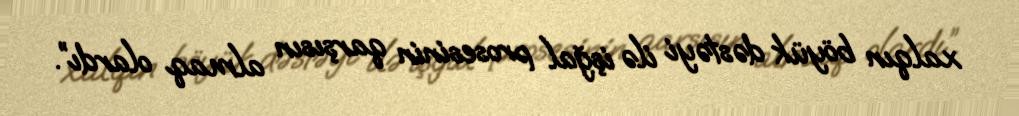
xalqın böyük dəstəyi ilə işğal prosesinin qarşısın almaq olardı”.